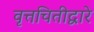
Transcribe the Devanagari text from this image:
वृत्तचितीद्वारे